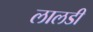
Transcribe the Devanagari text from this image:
लालडी